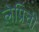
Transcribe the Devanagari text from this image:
लेप्रिची